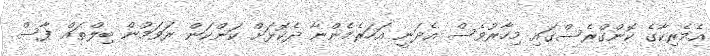
އެމެރިކާގެ ކޮންގްރެސްގައި މިހާރުވެސް އެދަނީ އަހަރެމެންނާ ދެކޮޅަށް ކަންކަން ރަވަމުން ބިލްތައް ފާސް